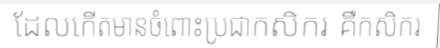
ដែលកើតមានចំពោះប្រជាកសិករ គឺកសិករ